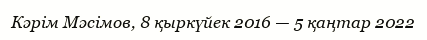
Кәрім Мәсімов, 8 қыркүйек 2016 — 5 қаңтар 2022